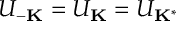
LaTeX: U _ { \mathbf { - K } } = U _ { \mathbf { K } } = U _ { \mathbf { K } ^ { \ast } }